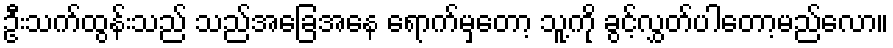
ဦးသက်ထွန်းသည် သည်အခြေအနေ ရောက်မှတော့ သူ့ကို ခွင့်လွှတ်ပါတော့မည်လော။